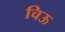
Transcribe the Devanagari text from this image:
चिऊ